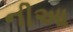
નીઆ